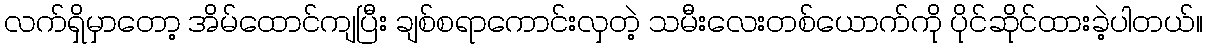
လက်ရှိမှာတော့ အိမ်ထောင်ကျပြီး ချစ်စရာကောင်းလှတဲ့ သမီးလေးတစ်ယောက်ကို ပိုင်ဆိုင်ထားခဲ့ပါတယ်။